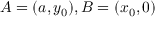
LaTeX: A = ( a , y _ { 0 } ) , B = ( x _ { 0 } , 0 )